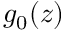
g _ { 0 } ( z )